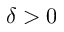
\delta > 0